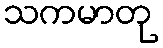
သကမာတု